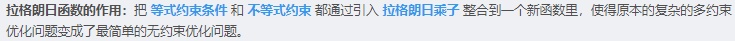
拉格朗日函数的作用：把等式约束条件和不等式约束通过引入拉格朗日乘子整合到一个新函数里，使得原本的复杂的约束